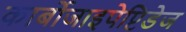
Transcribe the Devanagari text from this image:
कार्बोजाइपेप्टिडेज